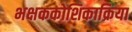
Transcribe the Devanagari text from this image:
भक्षककोशिकाक्रिया